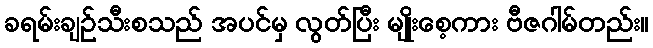
ခရမ်းချဉ်သီးစသည် အပင်မှ လွတ်ပြီး မျိုးစေ့ကား ဗီဇဂါမ်တည်း။